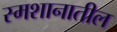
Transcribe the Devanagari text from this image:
स्मशानातील